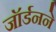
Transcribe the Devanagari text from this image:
जॉर्डनने